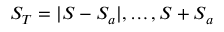
S _ { T } = | S - S _ { a } | , \ldots , S + S _ { a }